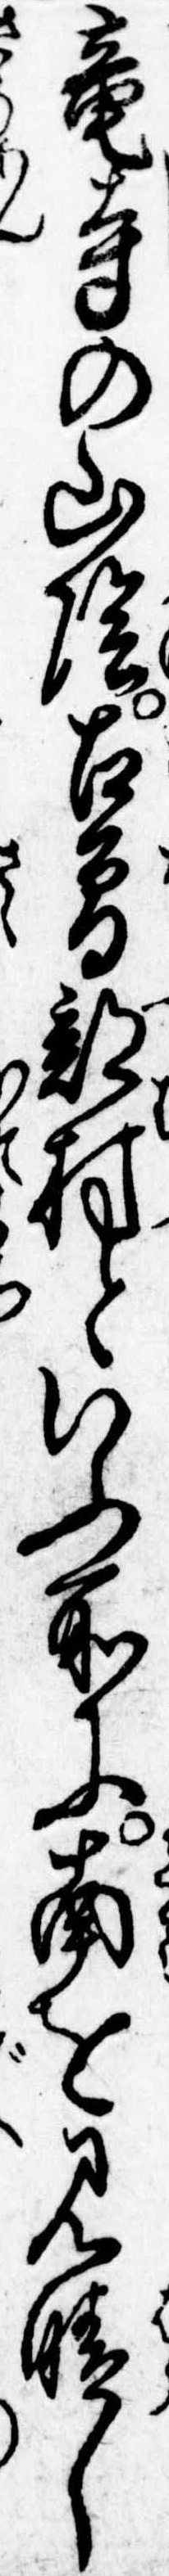
竜寺の山陰古曽部村といふ所に南を見晴し